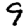
Digit: 9